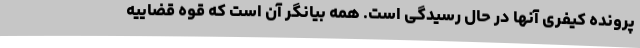
پرونده کیفری آنها در حال رسیدگی است. همه بیانگر آن است که قوه قضاییه